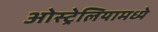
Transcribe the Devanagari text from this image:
ओस्ट्रेलियामध्ये